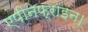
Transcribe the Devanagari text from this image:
एपीनेफ्राइन।